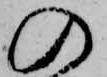
の